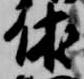
休